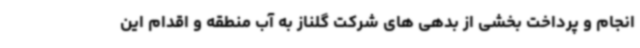
انجام و پرداخت بخشی از بدهی های شرکت گلناز به آب منطقه و اقدام این